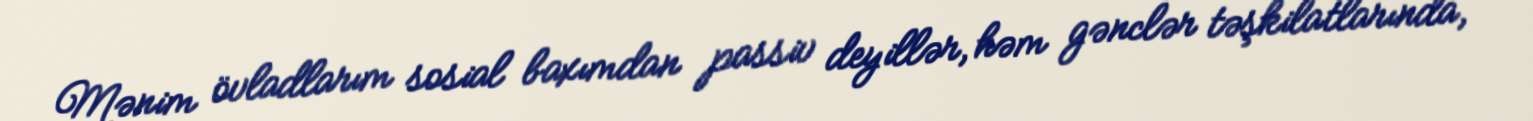
Mənim övladlarım sosial baxımdan passiv deyillər, həm gənclər təşkilatlarında,